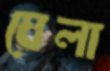
যেলা